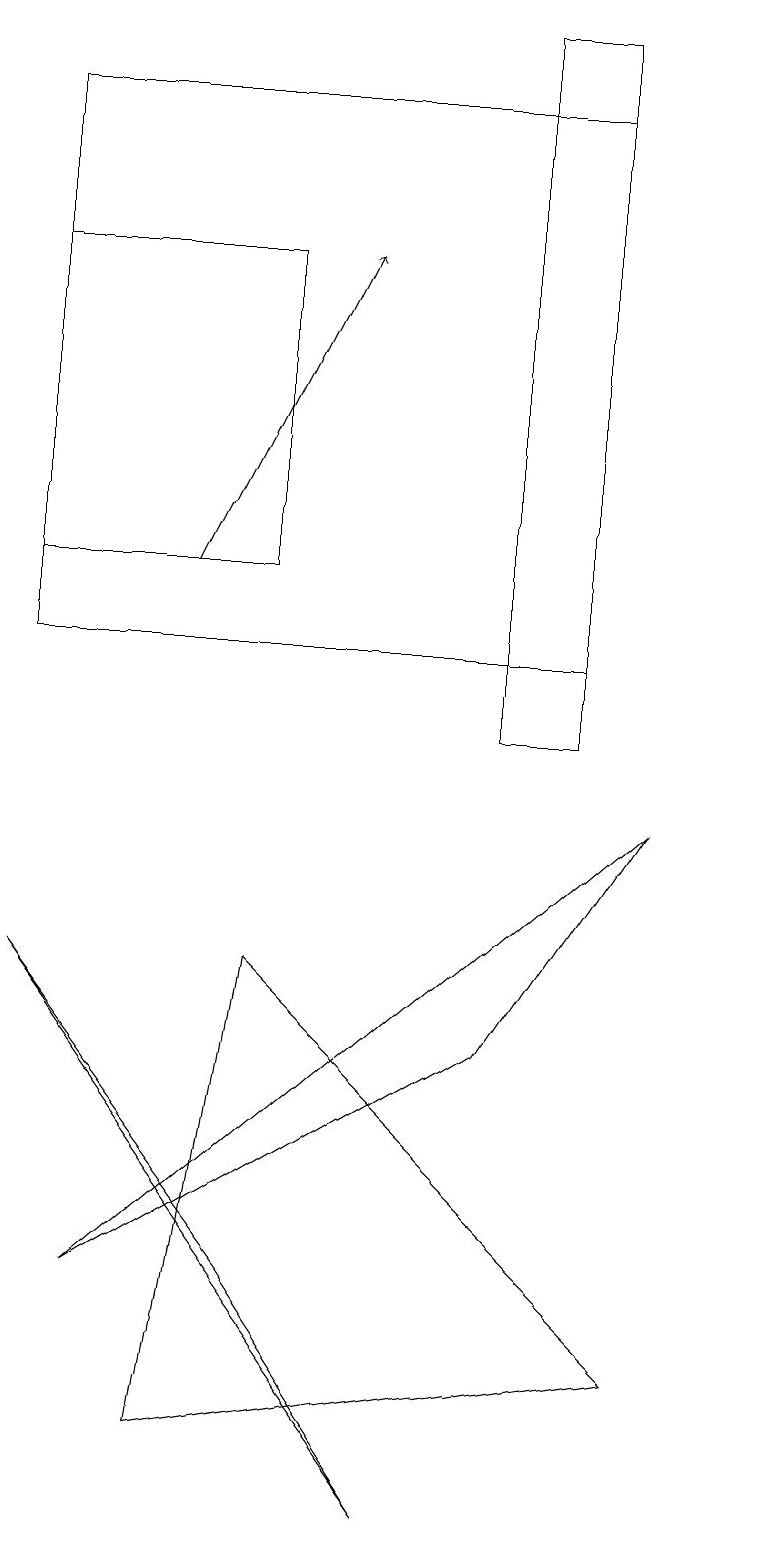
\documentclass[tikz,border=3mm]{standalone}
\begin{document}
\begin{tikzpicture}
\draw (1,18) rectangle (8,11);
\draw[->] (3,12) -- (5,16);
\draw (6,0) -- (1,7) -- (4,3) -- cycle;
\draw (10,10) circle (0);
\draw (8,19) rectangle (7,10);
\draw (1,12) rectangle (4,16);
\draw (3,1) -- (9,2) -- (4,7) -- cycle;
\draw (7,6) -- (9,9) -- (2,3) -- cycle;
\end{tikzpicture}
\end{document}